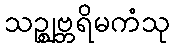
သဉ္ဈဗ္ဘရိမကံသု